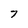
Character: 7